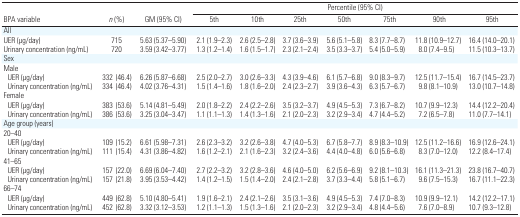
<table><thead><tr><td></td><td></td><td></td><td colspan="7"><b>Percentile (95% CI)</b></td></tr><tr><td><b>BPA variable</b></td><td><b><i>n</i> (%)</b></td><td><b>GM (95% CI)</b></td><td><b>5th</b></td><td><b>10th</b></td><td><b>25th</b></td><td><b>50th</b></td><td><b>75th</b></td><td><b>90th</b></td><td><b>95th</b></td></tr></thead><tbody><tr><td colspan="10">All</td></tr><tr><td>UER (μg/day)</td><td>715</td><td>5.63 (5.37–5.90)</td><td>2.1 (1.9–2.3)</td><td>2.6 (2.5–2.8)</td><td>3.7 (3.6–3.9)</td><td>5.6 (5.1–5.8)</td><td>8.3 (7.7–8.7)</td><td>11.8 (10.9–12.7)</td><td>16.4 (14.0–20.1)</td></tr><tr><td>Urinary concentration (ng/mL)</td><td>720</td><td>3.59 (3.42–3.77)</td><td>1.3 (1.2–1.4)</td><td>1.6 (1.5–1.7)</td><td>2.3 (2.1–2.4)</td><td>3.5 (3.3–3.7)</td><td>5.4 (5.0–5.9)</td><td>8.0 (7.4–9.5)</td><td>11.5 (10.3–13.7)</td></tr><tr><td colspan="10">Sex</td></tr><tr><td colspan="10">Male</td></tr><tr><td> UER (μg/day)</td><td>332 (46.4)</td><td>6.26 (5.87–6.68)</td><td>2.5 (2.0–2.7)</td><td>3.0 (2.6–3.3)</td><td>4.3 (3.9–4.6)</td><td>6.1 (5.7–6.8)</td><td>9.0 (8.3–9.7)</td><td>12.5 (11.7–15.4)</td><td>16.7 (14.5–23.7)</td></tr><tr><td> Urinary concentration (ng/mL)</td><td>334 (46.4)</td><td>4.02 (3.76–4.31)</td><td>1.5 (1.4–1.6)</td><td>1.8 (1.6–2.0)</td><td>2.4 (2.3–2.7)</td><td>3.9 (3.6–4.3)</td><td>6.3 (5.7–6.7)</td><td>9.8 (8.1–10.9)</td><td>13.0 (10.7–14.8)</td></tr><tr><td colspan="10">Female</td></tr><tr><td> UER (μg/day)</td><td>383 (53.6)</td><td>5.14 (4.81–5.49)</td><td>2.0 (1.8–2.2)</td><td>2.4 (2.2–2.6)</td><td>3.5 (3.2–3.7)</td><td>4.9 (4.5–5.3)</td><td>7.3 (6.7–8.2)</td><td>10.7 (9.9–12.3)</td><td>14.4 (12.2–20.4)</td></tr><tr><td> Urinary concentration (ng/mL)</td><td>386 (53.6)</td><td>3.25 (3.04–3.47)</td><td>1.1 (1.1–1.3)</td><td>1.4 (1.3–1.6)</td><td>2.1 (2.0–2.3)</td><td>3.2 (2.9–3.4)</td><td>4.7 (4.4–5.2)</td><td>7.2 (6.5–7.8)</td><td>11.0 (7.7–14.1)</td></tr><tr><td colspan="10">Age group (years)</td></tr><tr><td colspan="10">20–40</td></tr><tr><td> UER (μg/day)</td><td>109 (15.2)</td><td>6.61 (5.98–7.31)</td><td>2.6 (2.3–3.2)</td><td>3.2 (2.6–3.8)</td><td>4.7 (4.0–5.3)</td><td>6.7 (5.8–7.7)</td><td>8.9 (8.3–10.9)</td><td>12.5 (11.2–16.6)</td><td>16.9 (12.6–24.1)</td></tr><tr><td> Urinary concentration (ng/mL)</td><td>111 (15.4)</td><td>4.31 (3.86–4.82)</td><td>1.6 (1.2–2.1)</td><td>2.1 (1.6–2.3)</td><td>3.2 (2.4–3.6)</td><td>4.4 (4.0–4.8)</td><td>6.0 (5.6–6.8)</td><td>8.3 (7.0–12.0)</td><td>12.2 (8.4–17.4)</td></tr><tr><td colspan="10">41–65</td></tr><tr><td> UER (μg/day)</td><td>157 (22.0)</td><td>6.69 (6.04–7.40)</td><td>2.7 (2.2–3.2)</td><td>3.2 (2.8–3.6)</td><td>4.6 (4.0–5.0)</td><td>6.2 (5.6–6.9)</td><td>9.2 (8.1–10.3)</td><td>16.1 (11.3–21.3)</td><td>23.8 (16.7–40.7)</td></tr><tr><td> Urinary concentration (ng/mL)</td><td>157 (21.8)</td><td>3.95 (3.53–4.42)</td><td>1.4 (1.2–1.5)</td><td>1.5 (1.4–2.0)</td><td>2.4 (2.1–2.8)</td><td>3.7 (3.3–4.4)</td><td>5.8 (5.1–6.7)</td><td>9.6 (7.5–15.3)</td><td>16.7 (11.1–22.3)</td></tr><tr><td colspan="10">66–74</td></tr><tr><td> UER (μg/day)</td><td>449 (62.8)</td><td>5.10 (4.80–5.41)</td><td>1.9 (1.6–2.1)</td><td>2.4 (2.1–2.6)</td><td>3.5 (3.1–3.6)</td><td>4.9 (4.5–5.3)</td><td>7.4 (7.0–8.3)</td><td>10.9 (9.9–12.1)</td><td>14.2 (12.2–17.1)</td></tr><tr><td> Urinary concentration (ng/mL)</td><td>452 (62.8)</td><td>3.32 (3.12–3.53)</td><td>1.2 (1.1–1.3)</td><td>1.5 (1.3–1.6)</td><td>2.1 (2.0–2.3)</td><td>3.2 (2.9–3.4)</td><td>4.8 (4.4–5.6)</td><td>7.6 (7.0–8.9)</td><td>10.7 (9.3–12.8)</td></tr></tbody></table>